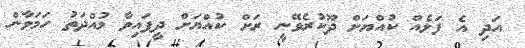
އަދި އެ ފަޅެއް ކުއްޔަށް ދޫކުރެވޭނީ ރަށް ކުއްޔަށް ދީފައިވާ މުއްދަތު ހަމަވާން